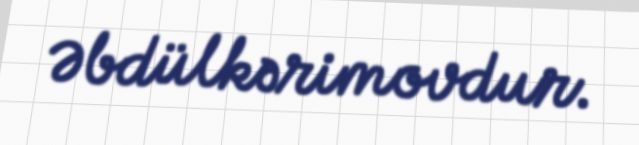
Əbdülkərimovdur.